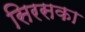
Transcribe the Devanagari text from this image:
सिरसका